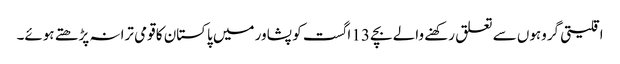
اقلیتی گروہوں سے تعلق رکھنے والے بچے 13 اگست کو پشاور میں پاکستان کا قومی ترانہ پڑھتے ہوئے۔